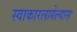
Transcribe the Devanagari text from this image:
स्वाकारलागेल्यास